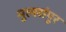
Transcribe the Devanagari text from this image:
मुल्लांपुर